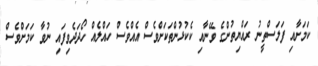
ކަމަށާއި ފަލަސްތީނު ރައްޔިތުންގެ ވޭނާއި ކެކުޅުންތަކަށްވެސް އެއްވެސް ހައްލެއް ހޯދަދެވިފައި ނުވާ ކަމަށްވެސް